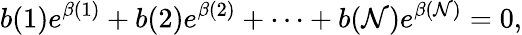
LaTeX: b(1)e^{\beta(1)}+b(2)e^{\beta(2)}+\cdots+b(\mathcal{N})e^{\beta(\mathcal{N})}=0,